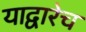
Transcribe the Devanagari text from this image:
याद्वारेच